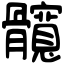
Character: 髖